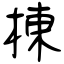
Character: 棟